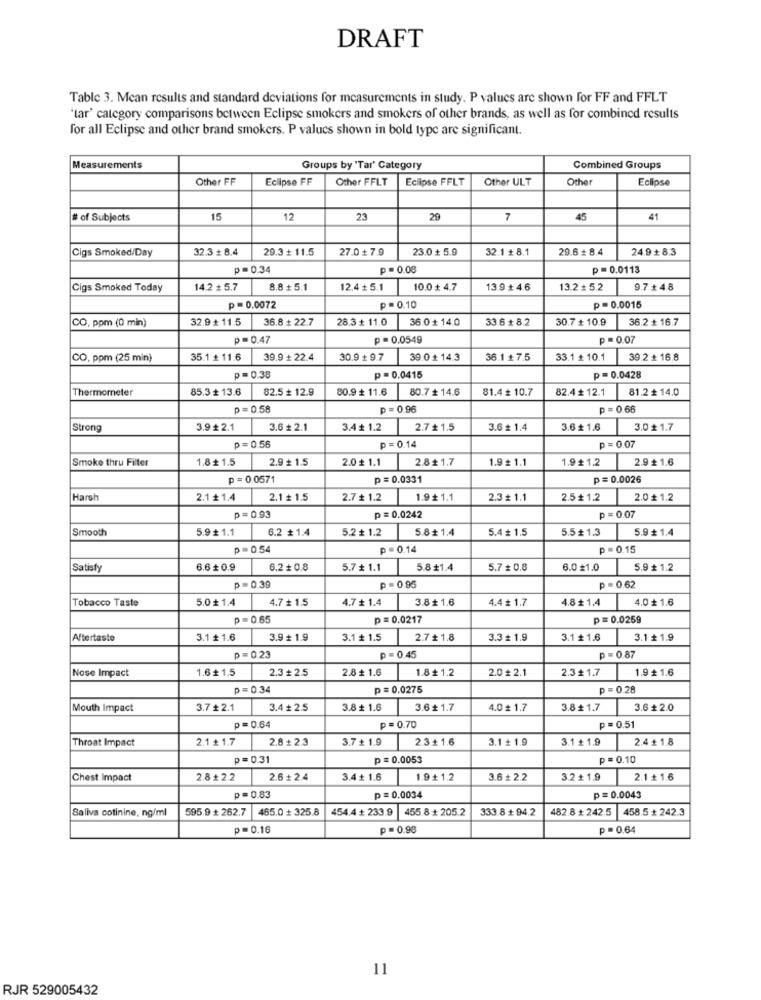
DRAFT
Table 3. Mean results and standard deviations for measurements in study. P values are shown for FF and FFLT
'tar' category comparisons between Eclipse smokers and smokers of other brands, as well as for combined results
for all Eclipse and other brand smokers. P valucs shown in bold type are significant.
Measurements
Groups by "Tar' Category
Combined Groups
Other FF
Eclipse FF
Other FFLT
Eclipse FFLT
Other ULT
Other
Eclipse
# of Subjects
15
12
23
29
7
45
41
Cigs Smoked/Day
32.3 + 8.4
29.3 + 11.5
27.0 + 7.9
23.0 + 5.9
32.1 # 8.1
29.6 + 8.4
24.9 + 8.3
p=0.34
p = 0.00
p=0.0113
Cigs Smoked Today
14.2 + 5.7
8.8 + 5.1
12.4 + 5.1
10.0 + 4.7
13.9 +4.6
13.2 + 5.2
9.7 + 4.8
p =0.0072
p = 0.10
p = 0.0015
CO, ppm (0 min)
32.9 + 11.5
36.8 + 22.7
28.3 + 11.0
36.0 # 14.0
33.6 +8.2
30.7 + 10.9
36.2 + 16.7
p = 0.47
p =0.0549
p =0.07
CO. ppm (25 min)
35.1 + 11.6
39.9 + 22.4
30.9 + 9.7
39.0 # 14.3
36.1 +7.5
33.1 + 10.1
39.2 + 16.8
p = 0.38
p = 0.0415
p=0.0428
Thermometer
85.3 + 13.6
82.5 + 12.9
80.9 + 11.6
80.7 # 14.6
81.4 # 10.7
82.4+ 12.1
81.2 + 14.0
p = 0.58
p = 0.96
p = 0.66
Strong
3.9 ₺ 2.1
3.6 ₺ 2.1
3.4+ 1.2
2.7 # 1.5
3.6 # 1.4
3.6 + 1.6
3.0 £ 1.7
p = 0.56
p = 0.14
p = 0.07
Smoke thru Filter
1.8 + 1.5
2.9 £ 1.5
2.0 ₺ 1.1
2.8+1.7
1.9 £ 1.1
1.9 # 1.2
2.9 £ 1.6
p = 0.0571
p = 0.0331
p = 0.0026
Harsh
2.1 + 1.4
2.1 + 1.5
2.7 £ 1.2
1.9 1.1
2.3 # 1.1
2.5 + 1.2
2.0 # 1.2
p = 0.93
p = 0.0242
p = 0.07
Smooth
5.9 + 1.1
6.2 + 1.4
5.2 + 1.2
5.8+ 1.4
5.4 # 1.5
5.5+ 1.3
5.9 + 1.4
p =0.54
p =0.14
p = 0.15
Satisfy
6.6 + 0.9
6.2 + 0.8
5.7 + 1.1
5.8#1.4
5.7 = 0.8
6.0 #1.0
5.9 + 1.2
p = 0.39
p = 0.95
p = 0.62
Tobacco Taste
5.0+ 1.4
4.7 ₺ 1.5
4.7 ₺ 1.4
3.8+ 1.6
4.4 # 1.7
4.8+1.4
4.0 + 1.6
p = 0.65
p = 0.0217
p = 0.0259
Aftertaste
3.1 + 1.6
3.9 # 1.9
3.1 + 1.5
2.7 + 1.8
3.3 # 1.9
3.1+ 1.6
3.1 + 1.9
p= 0.23
p = 0.45
p =0.87
Nose Impact
1.6 # 1.5
2.3 + 2.5
2.8+ 1.6
1.8+ 1.2
2.0 2.1
2.3 + 1.7
1.9 + 1.6
p =0.34
p = 0.0275
p = 0.28
Mouth Impact
3.7 +2.1
3.4₺ 2.5
3.8 ₺ 1.6
3.61.7
4.0 # 1.7
3.8+1.7
3.6 ₺ 2.0
p = 0.64
p = 0.70
p = 0.51
Throat Impact
2.1 + 1.7
2.8 + 2.3
3.7 ₺ 1.9
2.3+ 1.6
3.1 + 1.9
3.1+ 1.9
2.4 1.8
p =0.31
p = 0.0053
p =0.10
Chest Impact
2.8 + 2.2
2.6 + 2.4
3.4 + 1.6
1.9+1.2
3.6 + 2.2
3.2 + 1.9
2.1 + 1.6
p = 0.83
p = 0.0034
p = 0.0043
Saliva cotinine, ng/ml
595.9 + 262.7
465.0 + 325.8
454.4 + 233.9
455.8 + 205.2
333.8 + 94.2
482.8 + 242.5
458.5 + 242.3
p =0.16
p = 0.98
p =0.64
11
RJR 529005432